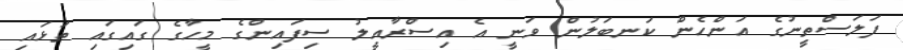
ފަލަސްތީނުގެ އަންހެން ކަނބަލުން ވަނީ އެ އިސްރާއީލު ސިފައިންގެ މީހާގެ ގައިގައި ތަޅައި